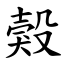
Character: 㺉